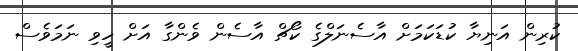
ކުރިން އަނިޔާ ކުޑަކަމަށް އާސެނަލްގެ ކޯޗް އާސެން ވެންގާ އަށް ހީވި ނަމަވެސް